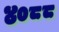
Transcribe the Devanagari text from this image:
४०८८